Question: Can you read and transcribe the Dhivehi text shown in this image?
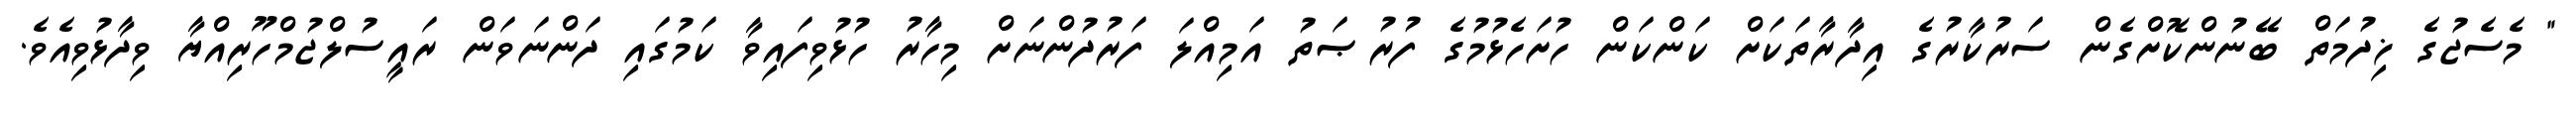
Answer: " މެސެޖުގެ ޚިދުމަތް ބޭނުންކޮށްގެން ސަރުކާރުގެ އިދާރާތަކަށް ކަންކަން ހުށަހެޅުމުގެ ފުރުޞަތު އަމިއްލަ ފަރުދުންނަށް މިހާރު ހުޅުވިފައިވާ ކަމުގައި ދަންނަވަން ރައީސުލްޖުމްހޫރިއްޔާ ވިދާޅުވިއެވެ.